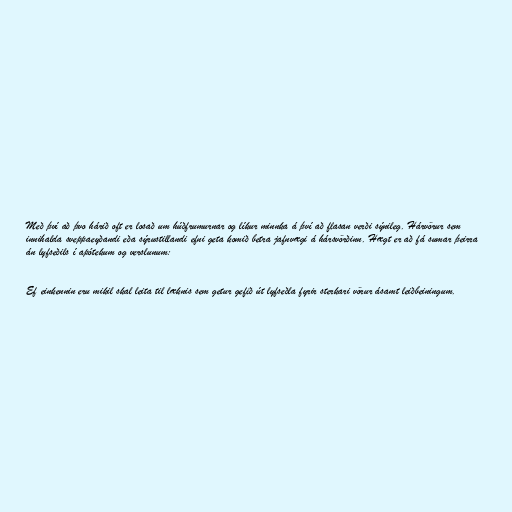
Með því að þvo hárið oft er losað um húðfrumurnar og líkur minnka á því að flasan verði sýnileg. Hárvörur sem
innihalda sveppaeyðandi eða sýrustillandi efni geta komið betra jafnvægi á hársvörðinn. Hægt er að fá sumar þeirra
án lyfseðils í apótekum og verslunum:

Ef einkennin eru mikil skal leita til læknis sem getur gefið út lyfseðla fyrir sterkari vörur ásamt leiðbeiningum.